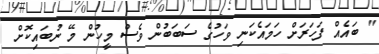
" ބައެއް ފަހަރަށް ހަމައެކަނި ވަހުގެ ސަބަބުން ވެސް މީހުން މޭ ނުބައިިކޮށް